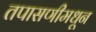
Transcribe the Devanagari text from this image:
तपासणीमधून